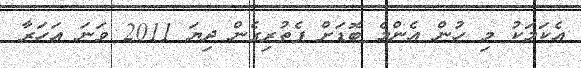
އެކަމަކު މި ހުން އެންމެ ބޮޑަށް ފެތުރިގެން ދިޔަ 2011 ވަނަ އަހަރާ